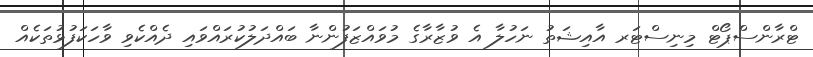
ޓްރާންސްޕޯޓް މިނިސްޓަރ އާއިޝަތު ނަހުލާ އެ ވުޒާރާގެ މުވައްޒަފުންނާ ބައްދަލުކުރައްވައި ދެއްކެވި ވާހަކަފުޅުތަކެއް